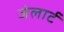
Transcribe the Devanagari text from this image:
जेलार्ट